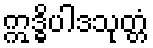
ဣဒ္ဓိပါဒသုတ္တံ